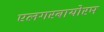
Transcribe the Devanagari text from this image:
एलगरबायोरम